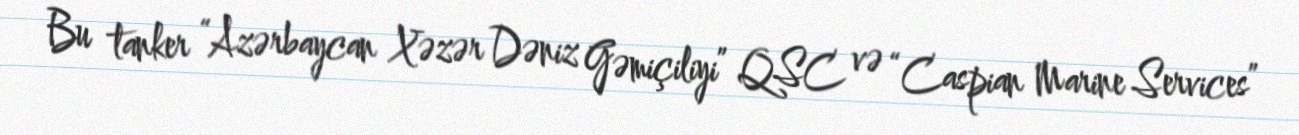
Bu tanker “Azərbaycan Xəzər Dəniz Gəmiçiliyi” QSC və “Caspian Marine Services”